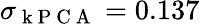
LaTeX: \sigma_{\mathrm{~k~P~C~A~}}=0.137